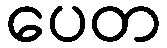
ပေတ